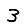
Digit: 3